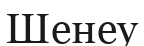
Шенеу